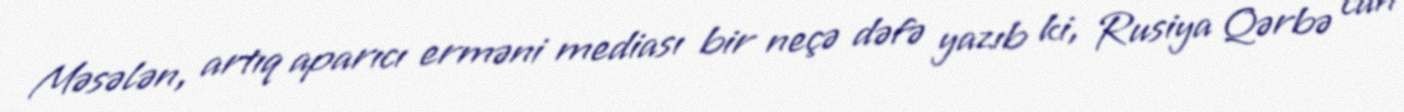
Məsələn, artıq aparıcı erməni mediası bir neçə dəfə yazıb ki, Rusiya Qərbə can